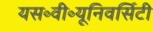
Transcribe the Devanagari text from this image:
यस॰वी॰यूनिवर्सिटी